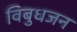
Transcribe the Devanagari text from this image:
विबुधजन